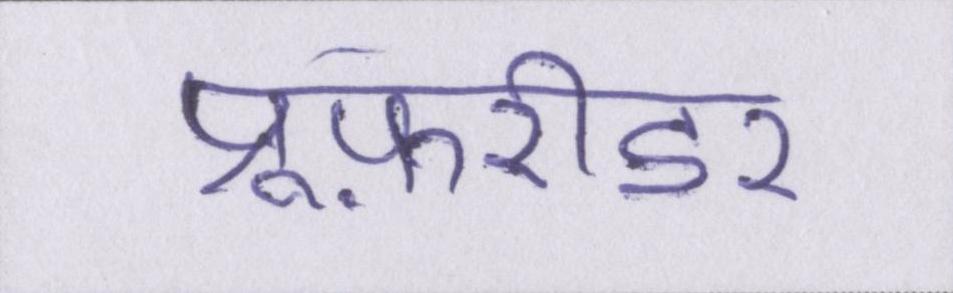
प्रूफ़रीडर